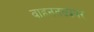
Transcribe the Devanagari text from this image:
वाहनतळावर